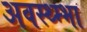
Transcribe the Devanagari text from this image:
अवस्थ्म्भा